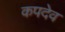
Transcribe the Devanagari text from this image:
कपदेव